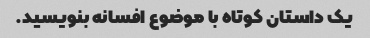
یک داستان کوتاه با موضوع افسانه بنویسید.